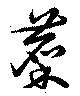
麇